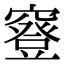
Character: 䆸